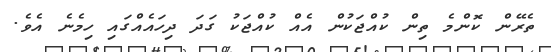
ތެރޭން ކޮންމެ ތިން ކުއްޖަކުން އެއް ކުއްޖަކު ގަދަ ދިހައެއްގައި ހިމެނެ އެވެ.